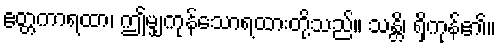
ဧတ္တကာရထာ၊ ဤမျှကုန်သောရထားတို့သည်။ သန္တိ၊ ရှိကုန်၏။